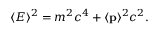
\langle E \rangle ^ { 2 } = m ^ { 2 } c ^ { 4 } + \langle \mathbf { p } \rangle ^ { 2 } c ^ { 2 } .